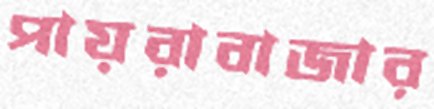
পায়রাবাজার